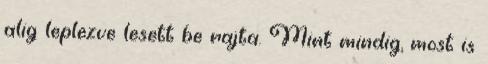
alig leplezve lesett be rajta. Mint mindig, most is